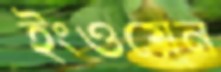
ইংওয়েন